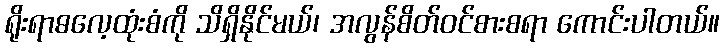
ရိုးရာဓလေ့ထုံးစံကို သိရှိနိုင်မယ်၊ အလွန်စိတ်ဝင်စားစရာ ကောင်းပါတယ်။